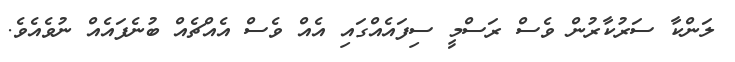
ލަންކާ ސަރުކާރުން ވެސް ރަސްމީ ސިފައެއްގައި އެއް ވެސް އެއްޗެއް ބުނެފައެއް ނުވެއެވެ.